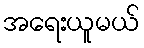
အရေးယူမယ်